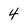
Character: 4